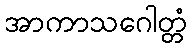
အာကာသဂေါတ္တံ